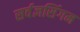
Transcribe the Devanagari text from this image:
सर्वज्ञसिंगम